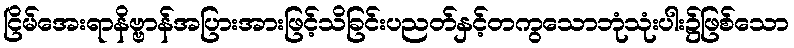
ငြိမ်အေးရာနိဗ္ဗာန်အပြားအားဖြင့်သိခြင်းပညတ်နှင့်တကွသောဘုံသုံးပါး၌ဖြစ်သော